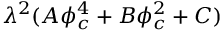
\lambda ^ { 2 } ( A \phi _ { c } ^ { 4 } + B \phi _ { c } ^ { 2 } + C )